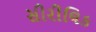
સીરીલિક